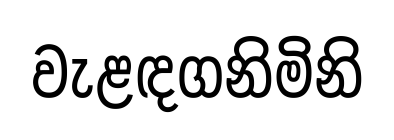
වැළඳගනිමිනි